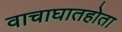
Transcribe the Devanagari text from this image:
वाचाघातहोता